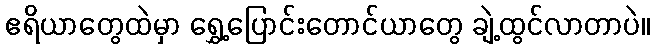
ဧရိယာတွေထဲမှာ ရွှေ့ပြောင်းတောင်ယာတွေ ချဲ့ထွင်လာတာပဲ။